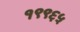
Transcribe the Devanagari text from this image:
१९९६५